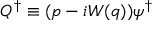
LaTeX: Q ^ { \dagger } \equiv ( p - i W ( q ) ) \psi ^ { \dagger }